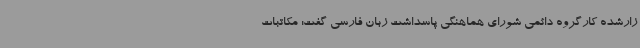
زارشده کارگروه دائمی شورای هماهنگی پاسداشت زبان فارسی گفت: مکاتبات